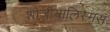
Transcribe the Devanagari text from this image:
शोजीयालिस्मस